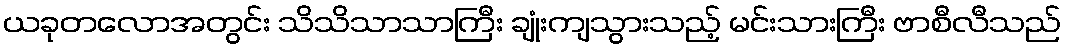
ယခုတလောအတွင်း သိသိသာသာကြီး ချုံးကျသွားသည့် မင်းသားကြီး ဗာစီလီသည်